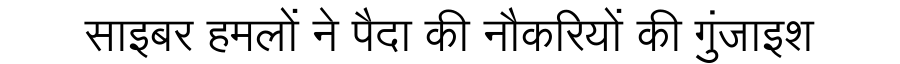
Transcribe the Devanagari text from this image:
साइबर हमलों ने पैदा की नौकरियों की गुंजाइश